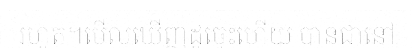
រហូត។មើលឃើញដូច្នេះហើយ បានជានៅ